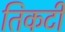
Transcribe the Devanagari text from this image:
तिकटी